Leaving Certificate Examination, 1920, 1920
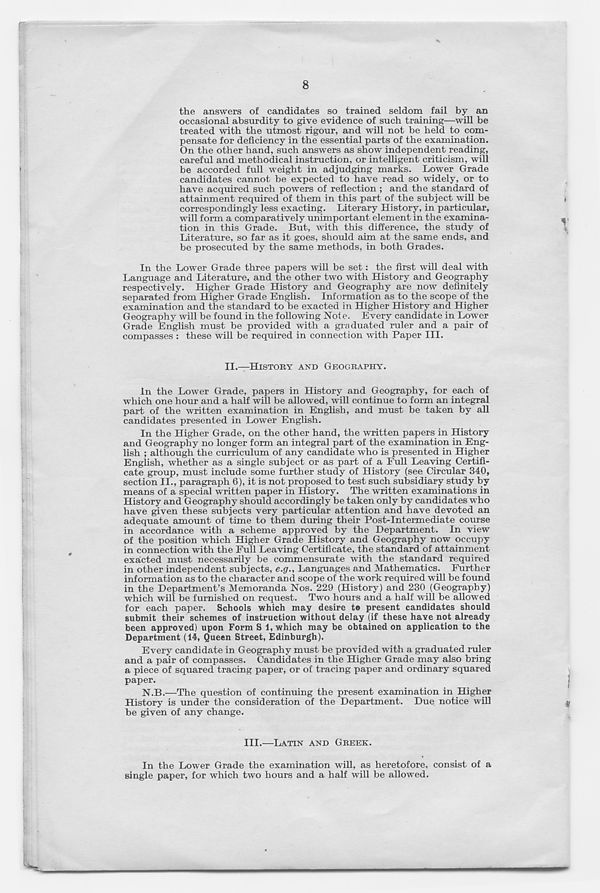
the answers of candidates so trained seldom fail by an
occasional absurdity to give evidence of such training—will be
treated with the utmost rigour, and will not be held to com-
pensate for deficiency in the essential parts of the examination.
On the other hand, such answers as show independent reading,
careful and methodical instruction, or intelligent criticism, will
be accorded full weight in adjudging marks. Lower Grade
candidates cannot be expected to have read so widely, or to
have acquired such powers of reflection ; and the standard of
attainment required of them in this part of the subject will be
correspondingly less exacting. Literary History, in particular,
will form a comparatively unimportant element in the examina-
tion in this Grade. But, with this difference, the study of
Literature, so far as it goes, should aim at the same ends, and
be prosecuted by the same methods, in both Grades.
In the Lower Grade three papers will be set: the first will deal with
Language and Literature, and the other two with History and Geography
respectively. Higher Grade History and Geography are now definitely
separated from Higher Grade English. Information as to the scope of the
examination and the standard to be exacted in Higher History and Higher
Geography will be found in the following Nof e. Every candidate in Lower
Grade English must be provided with a graduated ruler and a pair of
compasses : these will be required in connection with Paper III.
II.—HISTOEY AND GEOGEAPHY.
In the Lower Grade, papers in History and Geography, for each of
which one hour and a half will be allowed, will continue to form an integral
part of the written examination in English, and must be taken by all
candidates presented in Lower English.
In the Higher Grade, on the other hand, the written papers in History
and Geography no longer form an integral part of the examination in Eng-
lish ; although the curriculum of any candidate who is presented in Higher
English, whether as a single subject or as part of a Full Leaving Certifi-
cate group, must include some further study of History (see Circular 340,
section II., paragraph 6), it is not proposed to test such subsidiary study by
means of a special written paper in History. The written examinations in
History and Geography should accordingly be taken only by candidates who
have given these subjects very particular attention and have devoted an
adequate amount of time to them during their Post-Intermediate course
in accordance with a scheme approved by the Department. In view
of the position which Higher Grade History and Geography now occupy
in connection with the Full Leaving Certificate, the standard of attainment
exacted must necessarily be commensurate with the standard required
in other independent subjects, e.g., Languages and Mathematics. Further
information as to the character and scope of the work required will be found
in the Department’s Memoranda Nos. 229 (History) and 230 (Geography)
which will be furnished on request. Two hours and a half will be allowed
for each paper. Schools which may desire t» present candidates should
submit their schemes of instruction without delay (if these have not already
been approved) upon Form S 1, which may be obtained on application to the
Department (14, Queen Street, Edinburgh).
Every candidate in Geography must be provided with a graduated ruler
and a pair of compasses. Candidates in the Higher Grade may also bring
a piece of squared tracing paper, or of tracing paper and ordinary squared
paper.
N.B.—The question of continuing the present examination in Higher
History is under the consideration of the Department. Due notice will
be given of any change.
III.—LATIN AND GEEEK.
In the Lower Grade the examination will, as heretofore, consist of a
single paper, for which two hours and a half will be allowed.